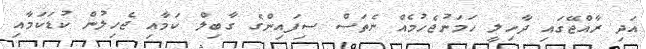
އަދި ރާއްޖޭގައި ދާހިލީ ހަމަނުޖެހުމެއް ނެތަސް ސިފައިންގެ ގާބިލް ކަމާއި ޖެހިލުން ކުޑަކަމާއި